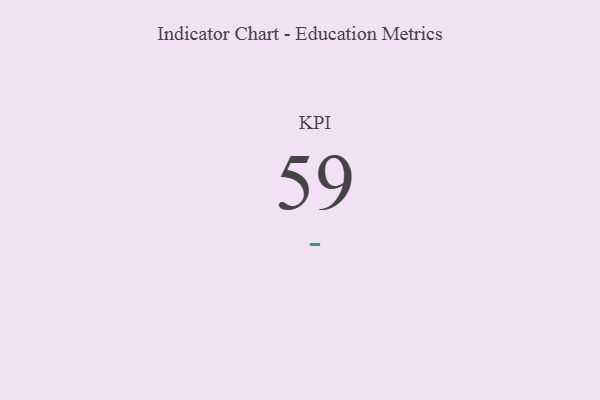
{"axis": {"x": "KPI", "y": "Value"}, "legend": [""], "data": [{"x": "KPI", "y": 59, "type": ""}]}